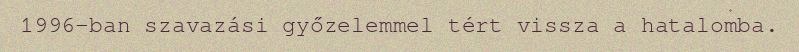
1996-ban szavazási győzelemmel tért vissza a hatalomba.